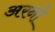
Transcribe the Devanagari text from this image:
अरनो